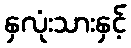
နှလုံးသားနှင့်